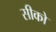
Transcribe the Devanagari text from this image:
सीको